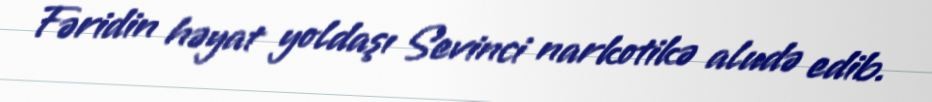
Fəridin həyat yoldaşı Sevinci narkotikə aludə edib.